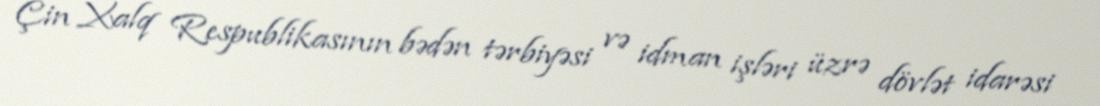
Çin Xalq Respublikasının bədən tərbiyəsi və idman işləri üzrə dövlət idarəsi